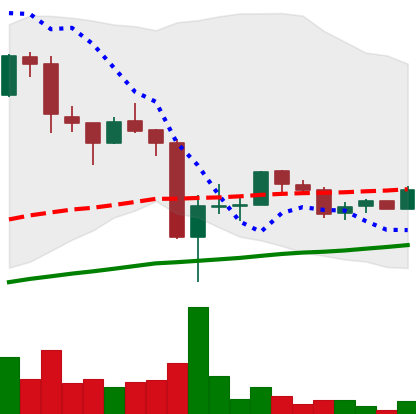
Ticker: LTC-USD
Chart end date: 2017-09-25
Forward return: 6.906%
Label: up_5_7